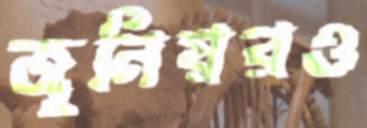
জুনিয়রও